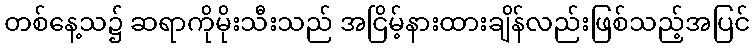
တစ်နေ့သ၌ ဆရာကိုမိုးသီးသည် အငြိမ့်နားထားချိန်လည်းဖြစ်သည့်အပြင်